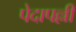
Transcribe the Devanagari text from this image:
पेदापल्ली